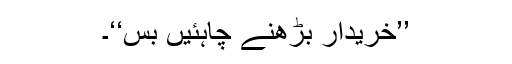
’’خریدار بڑھنے چاہئیں بس‘‘۔